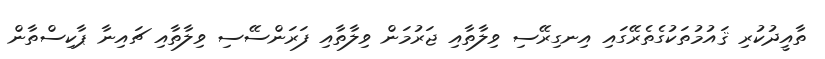
ތާއީދުކުރި ޤައުމުތަކުގެތެރޭގައި އިނގިރޭސި ވިލާތާއި ޖަރުމަން ވިލާތާއި ފަރަންސޭސި ވިލާތާއި ޗައިނާ ޕާކިސްތާން